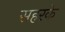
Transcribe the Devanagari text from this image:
सहरके